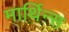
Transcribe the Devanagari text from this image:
मार्थिन्स